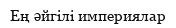
Ең әйгілі империялар